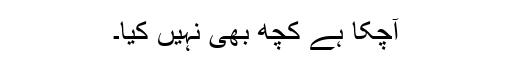
آچکا ہے کچھ بھی نہیں کیا۔